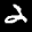
Label: 2